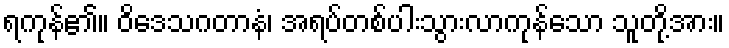
ရကုန်၏။ ဝိဒေသဂတာနံ၊ အရပ်တစ်ပါးသွားလာကုန်သော သူတို့အား။